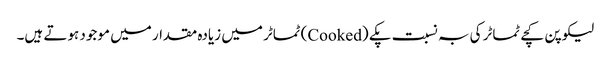
لیکوپن کچے ٹماٹر کی بہ نسبت پکے (Cooked) ٹماٹر میں زیادہ مقدار میں موجود ہوتے ہیں۔